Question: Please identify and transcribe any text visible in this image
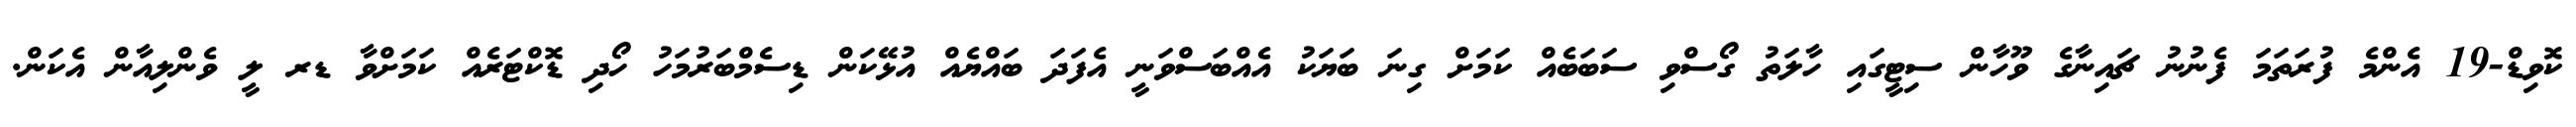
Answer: ކޮވިޑް-19 އެންމެ ފުރަތަމަ ފެނުނު ޗައިނާގެ ވޫހާން ސިޓީގައި ހާލަތު ގޯސްވި ސަބަބެއް ކަމަށް ގިނަ ބަޔަކު އެއްބަސްވަނީ އެފަދަ ބައްޔެއް އުޅޭކަން ޑިސެމްބަރުމަހު ހޯދި ޑޮކްޓަރެއް ކަމަށްވާ ޑރ ލީ ވެންލިއާން އެކަން.